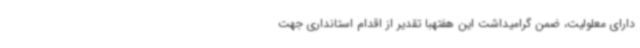
دارای معلولیت، ضمن گرامیداشت این هفتهبا تقدیر از اقدام استانداری جهت